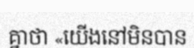
គ្នាថា «យើងនៅមិនបាន